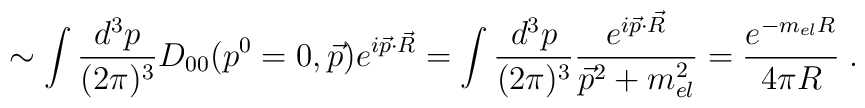
\sim\int \frac{d^3p}{(2 \pi)^3} D_{00} ( p^0=0, \vec{p}) e^{i\vec{p} \cdot \vec{R}}= \int \frac{d^3p}{(2 \pi)^3} \frac{ e^{i\vec{p} \cdot \vec{R}} }{\vec{p}^2 + m_{el}^2} = \frac{e^{-m_{el}R}}{4 \pi R}\;.